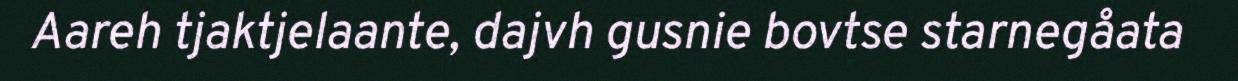
Aareh tjaktjelaante, dajvh gusnie bovtse starnegåata